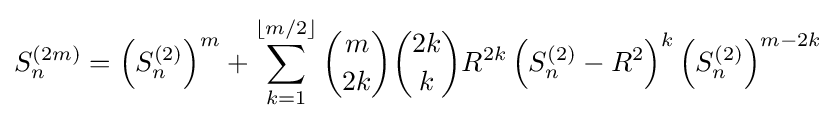
S_{n}^{(2m)}=\left(S_{n}^{(2)}\right)^{m}+\sum _{k=1}^{\left\lfloor m/2\right\rfloor }{\binom {m}{2k}}{\binom {2k}{k}}R^{2k}\left(S_{n}^{(2)}-R^{2}\right)^{k}\left(S_{n}^{(2)}\right)^{m-2k}